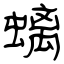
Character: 螭